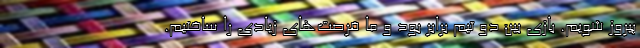
پیروز شویم. بازی بین دو تیم برابر بود و ما فرصت‌های زیادی را ساختیم.